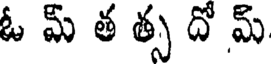
ఓ మ్ త త్స దో మ్